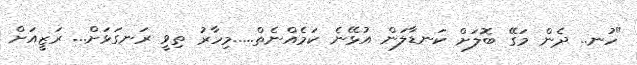
"ހުނ.. ދެން މަގޭ ބޮލަށް ކަނޑާލަން އުޅޭނެ ކަމެއްނެތް.....މިހާރު ތިވީ ރަނގަޅަށް... ރަޒީއަށް